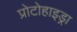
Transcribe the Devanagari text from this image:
प्रोटोहाइड्रा